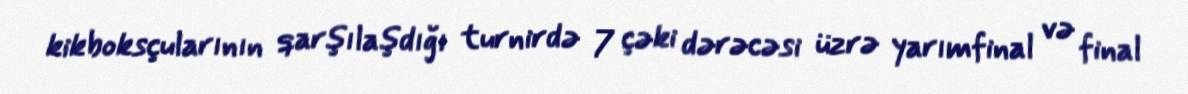
kikboksçularının qarşılaşdığı turnirdə 7 çəki dərəcəsi üzrə yarımfinal və final